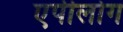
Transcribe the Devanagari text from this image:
एपीलोग